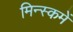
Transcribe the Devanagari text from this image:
मिन्स्कमें